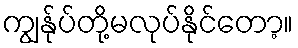
ကျွန်ုပ်တို့မလုပ်နိုင်တော့။